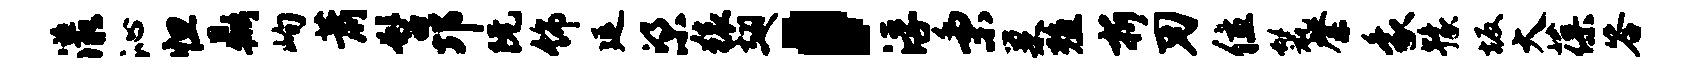
漾沁怛鼎峋萧髫邛阮饰延梁猿翅，浮秉巢殖折刃位鬣綮象豫坂大葆答